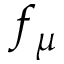
f _ { \mu }